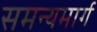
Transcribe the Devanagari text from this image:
समन्यमार्ग